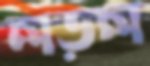
লড়ল